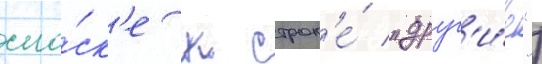
сно́ск'е к строк'е́ "друг'и́е")